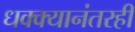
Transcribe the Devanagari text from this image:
धक्क्यानंतरही